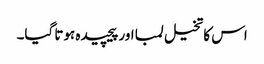
اس کا تخیل لمبا اور پیچیدہ ہوتا گیا۔